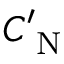
C _ { \textrm { N } } ^ { \prime }